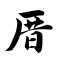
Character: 厝